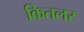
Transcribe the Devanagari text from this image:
कितलर